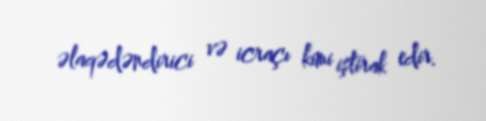
əlaqədəndirici və icraçı kimi iştirak edir.